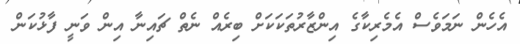
އެހެން ނަމަވެސް އެމެރިކާގެ އިންޒާރުތަކަކަށް ބިރެއް ނެތް ޗައިނާ އިން ވަނީ ފާޅުކަން